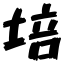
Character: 培